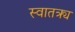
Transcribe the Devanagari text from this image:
स्वातत्र्य